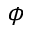
\phi